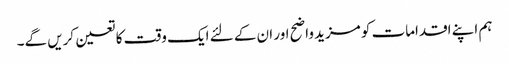
ہم اپنے اقدامات کو مزید واضح اور ان کے لئے ایک وقت کا تعین کریں گے۔